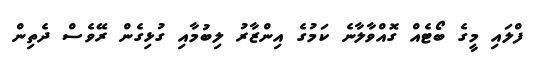
ފްލައި މީގެ ބޯޓެއް ގޮއްވާލާނެ ކަމުގެ އިންޒާރު ލިބުމާއި ގުޅިގެން ރޭވެސް ދެތިން